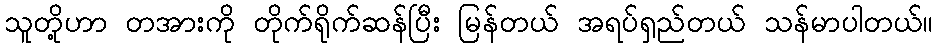
သူတို့ဟာ တအားကို တိုက်ရိုက်ဆန်ပြီး မြန်တယ် အရပ်ရှည်တယ် သန်မာပါတယ်။